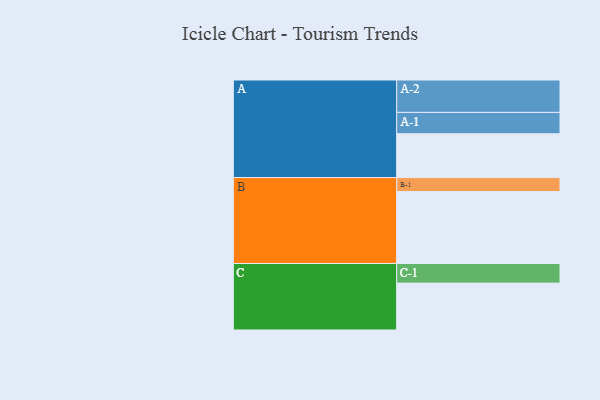
{"axis": {"x": "Segment", "y": "Value"}, "legend": ["", "A", "B", "C"], "data": [{"x": "A", "y": 357, "type": ""}, {"x": "B", "y": 586, "type": ""}, {"x": "C", "y": 382, "type": ""}, {"x": "A-1", "y": 174, "type": "A"}, {"x": "A-2", "y": 264, "type": "A"}, {"x": "B-1", "y": 114, "type": "B"}, {"x": "C-1", "y": 160, "type": "C"}]}